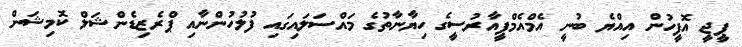
ޕީޖީ އޮފީހުން އިއްޔެ ބުނީ އެމްއެމްޕީއާރުސީގެ ހިޔާނާތުގެ މައްސަލައިގައި ފުލުހުންނާއި ޕްރެޒިޑެންޝަލް ކޮމިޝަން